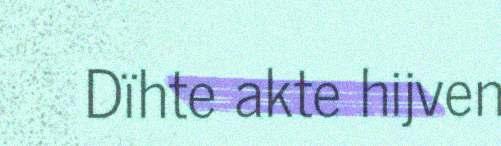
Dïhte akte hijven